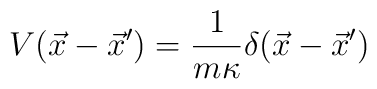
V(\vec{x}-\vec{x}^\prime )={1\over m\kappa} \delta(\vec{x}-\vec{x}^\prime )